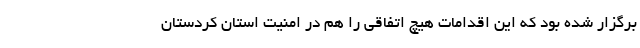
برگزار شده بود که این اقدامات هیچ اتفاقی را هم در امنیت استان کردستان